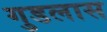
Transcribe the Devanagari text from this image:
गुडलास